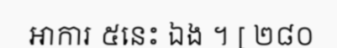
អាការ ៥នេះ ឯង ។ [ ២៨០